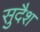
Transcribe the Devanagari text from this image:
सुदैश